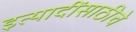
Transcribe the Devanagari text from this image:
इत्यादींसाठीचे